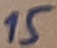
Text: 15